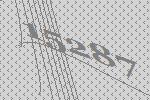
15287